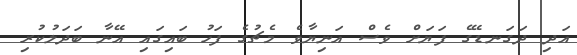
އަދި ދަގަނޑޭގެ ފަޔަށް ވެސް އަނިޔާވެ މެޗުގެ ފަހު ބައިގައި އޭނާ ބަދަލުކުރި